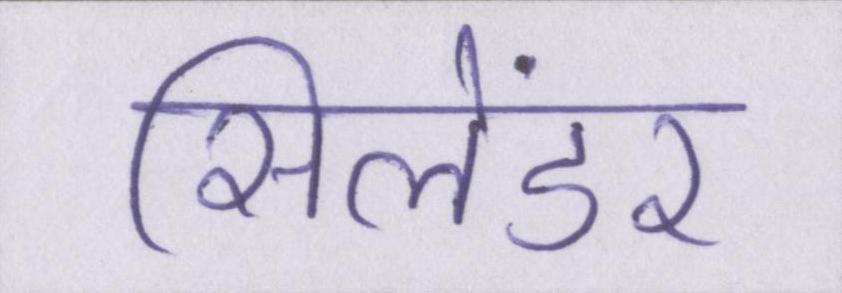
सिलेंडर